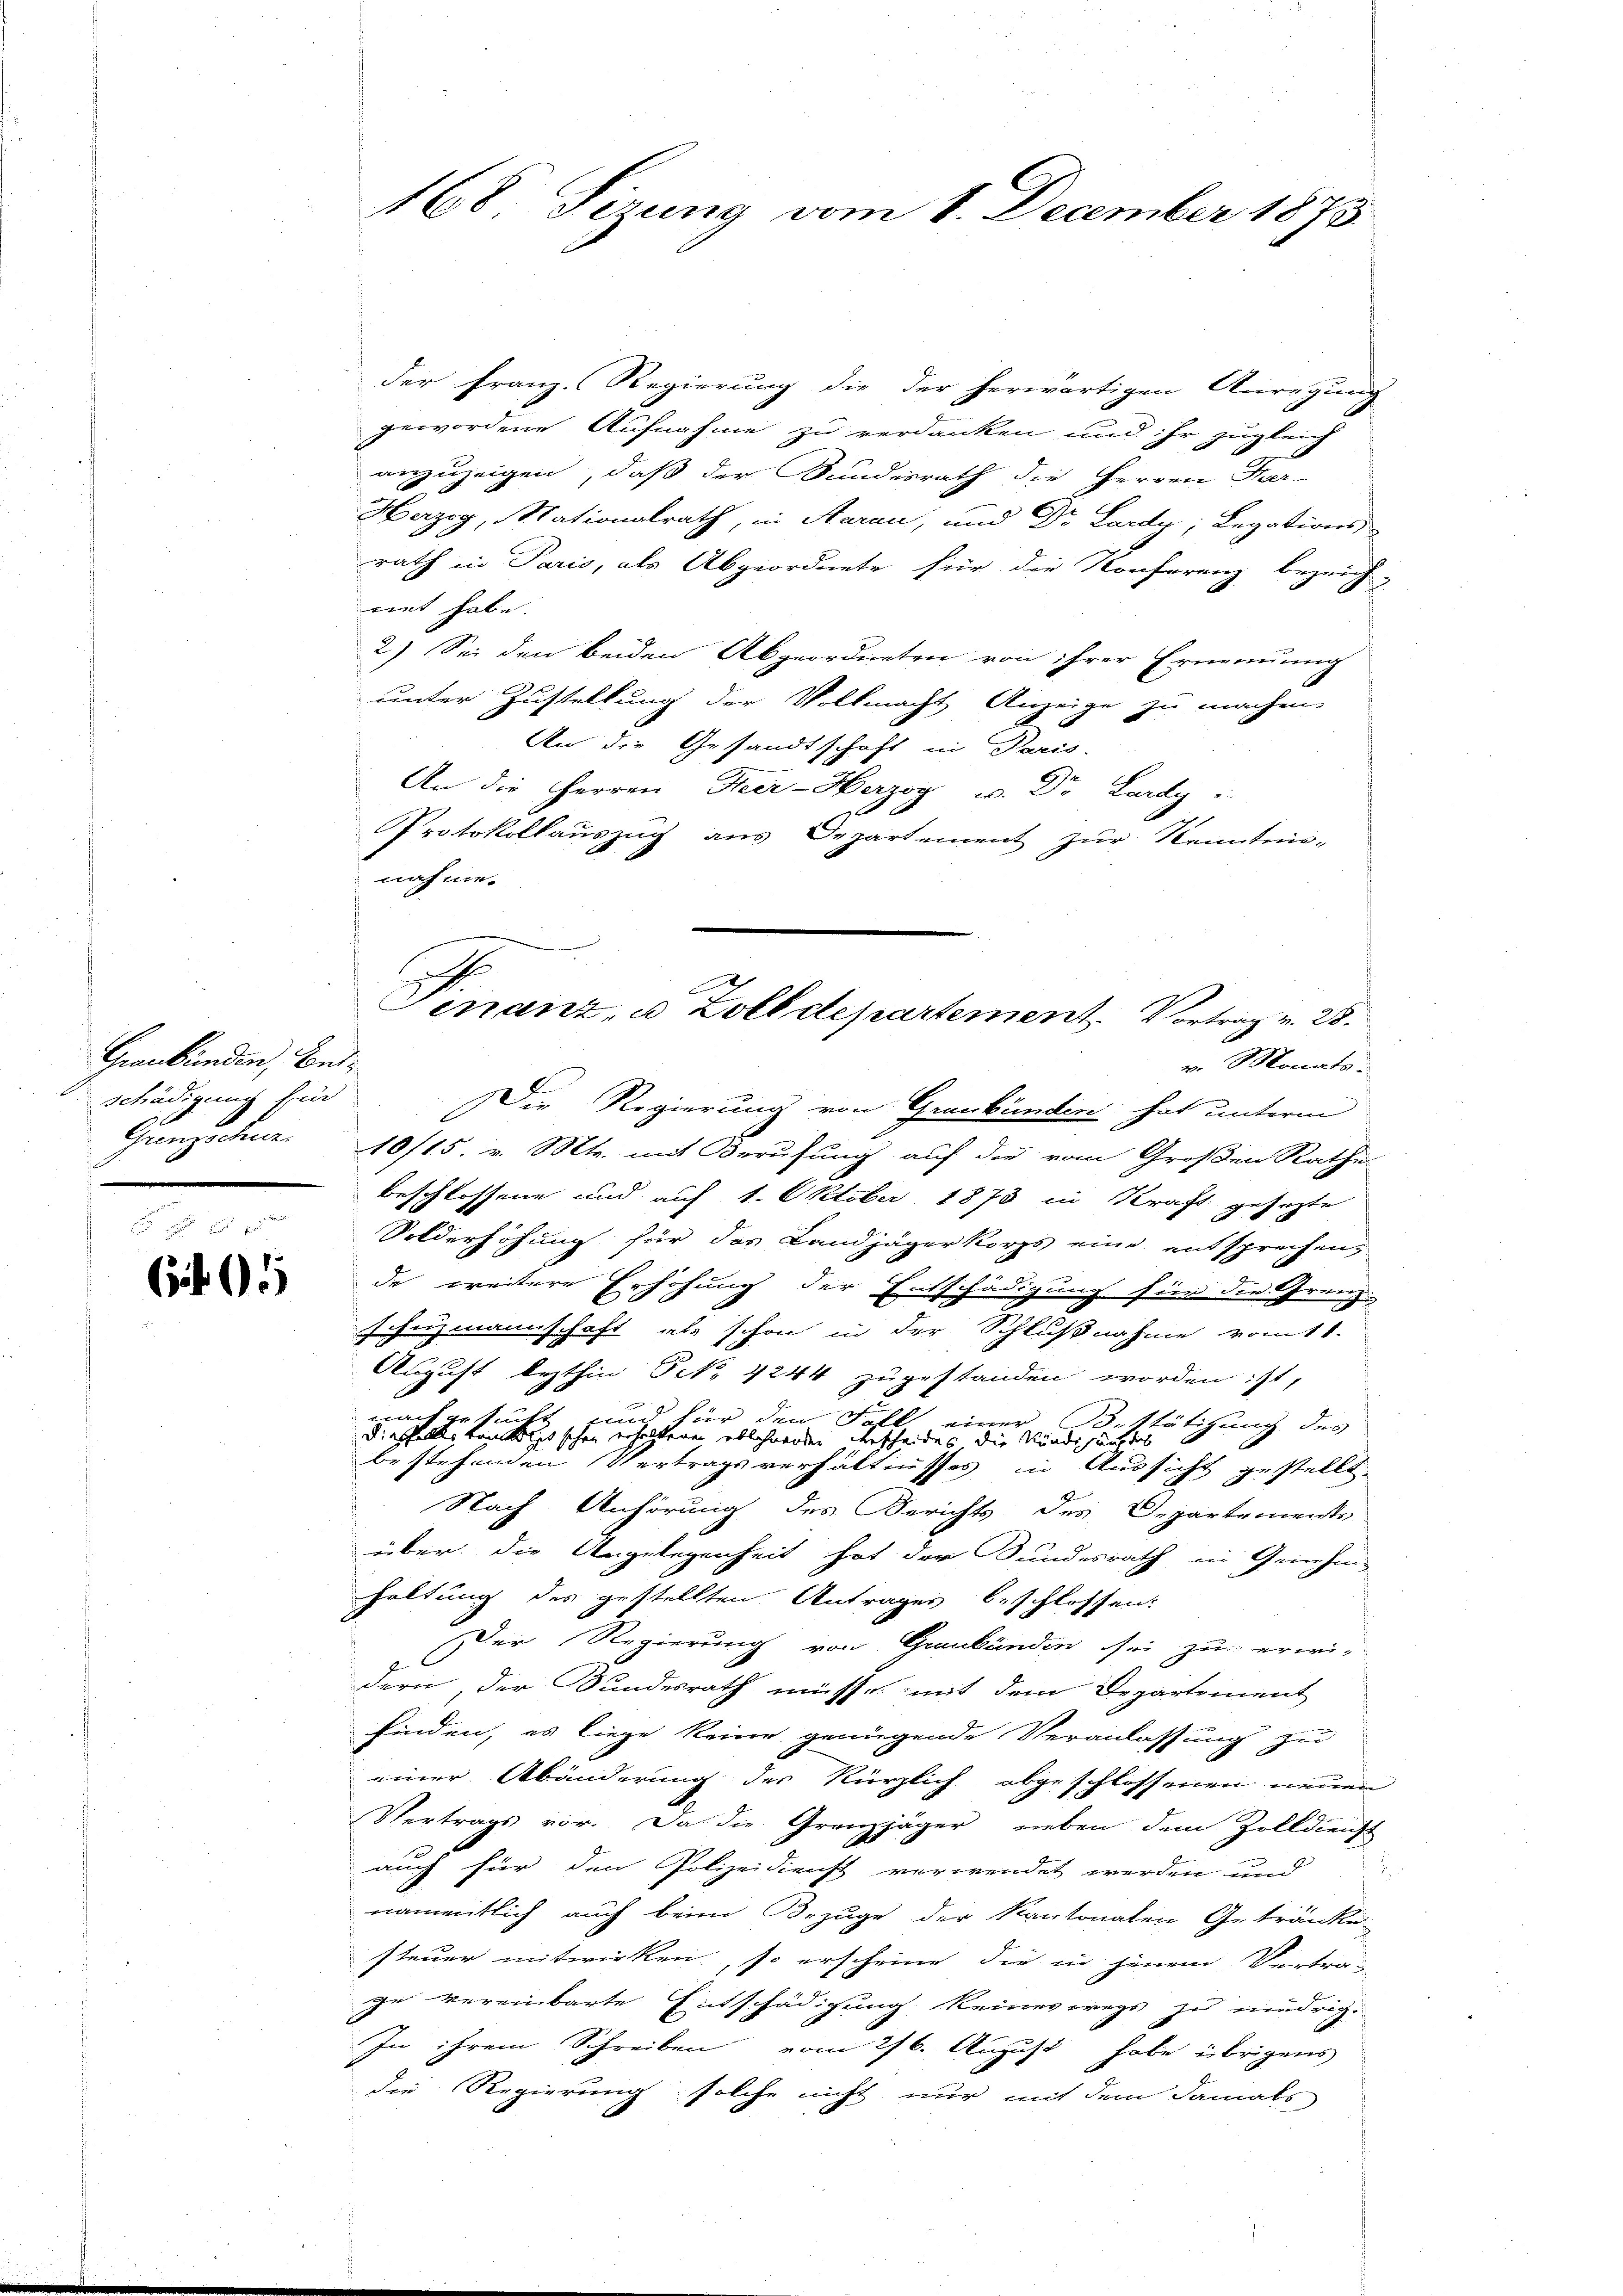
Graubünden, beischädigung für

605

168 Sirung vom 8.

der Franz-Regierung die der herwärtigen Anregung
gewordene Aufnahme zu verdanken und ihr zugleich
anzuzeigen, daß der Bundesrath die Herren Frei-
Herzog, Mationalrath, in Aarau, und Dr. Lardir; Legations
rath in Paris, als Abgeordnete für die Konferenz bezeich-
mit habe.
2.) Sei den beiden Abgeordneten von ihrer Ernennung
unter Zustellung der Vollmacht Anzeige zu machen
An die Gesandtschaft in Paris-
An die Herren Krer-Herzog u. Dr. Lardy
Protokollauszug aus Departement zur Kenntnis-
nahme.
v. Monats-
Die Regierung von Graubünden hat unterm
Grenzschuz. 10/15. v. Mts. mit Berufung auf die vom Großen Rathe
beschlossene und auf 1. Oktober 1873 in Kraft gesezte
Solderhöhung für das Landjägerkorps eine entsprechen,
de weitere Erhöhung der Entschädigung für die Grenz-
schuzmannschaft als schon in der Schlußnahme vom 11.
August lezthin Frk. 4244 zugestanden worden ist,
nach gesucht
sund für den Fall einer
Bestätigung des
diesfalles tamkeit schon erhaltenen ablehnenden Verscheides die Kindehauptes
bestehenden Vertragsverhältnisses in Aussicht gestellt.
Nach Anhörung des Berichts des Departements-
über die Angelegenheit hat der Sundesrath in Genehm-
Haltung des gestellten Antrages beschlossen:
Der Regierung von Graubünden sei zu erwei-
dern, der Bundesrath müsse, mit dem Departement
finden, es liege keine genügende Veranlassung zu
einer Abänderung des kürzlich abgeschlossenen neuen
Vertrags vor. Da die Grenzjäger neben dem Zolldienst
auch für den Polizeidienst verwendet werden und
namentlich auch beim Bezuge der Kantonalen Getränke
steuer mitwirken, so erscheine die in jenem Vertrage vereinbarte Entschädigung keineswegs zu niedrig
In ihrem Schreiben vom 26. August habe übrigens
die Regierung solche nicht nur mit dem damals

4 December 1873.

Finanz, u. Zolldepartement. Vortrag v. 25.